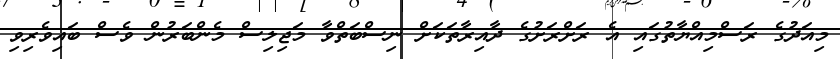
މިއަދުގެ ރަސްމިއްޔާތުގައި އެ ރަށްރަށުގެ ދާއިރާތަކަށް ނިސްބަތްވާ މަޖިލިސް މެންބަރުން ވެސް ބައިވެރިވި